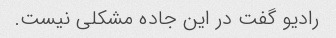
رادیو گفت در این جاده مشکلی نیست.